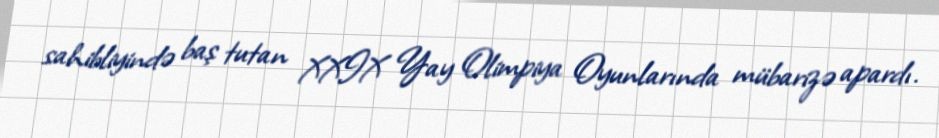
sahibliyində baş tutan XXIX Yay Olimpiya Oyunlarında mübarizə apardı.